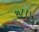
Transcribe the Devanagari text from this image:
७८८५